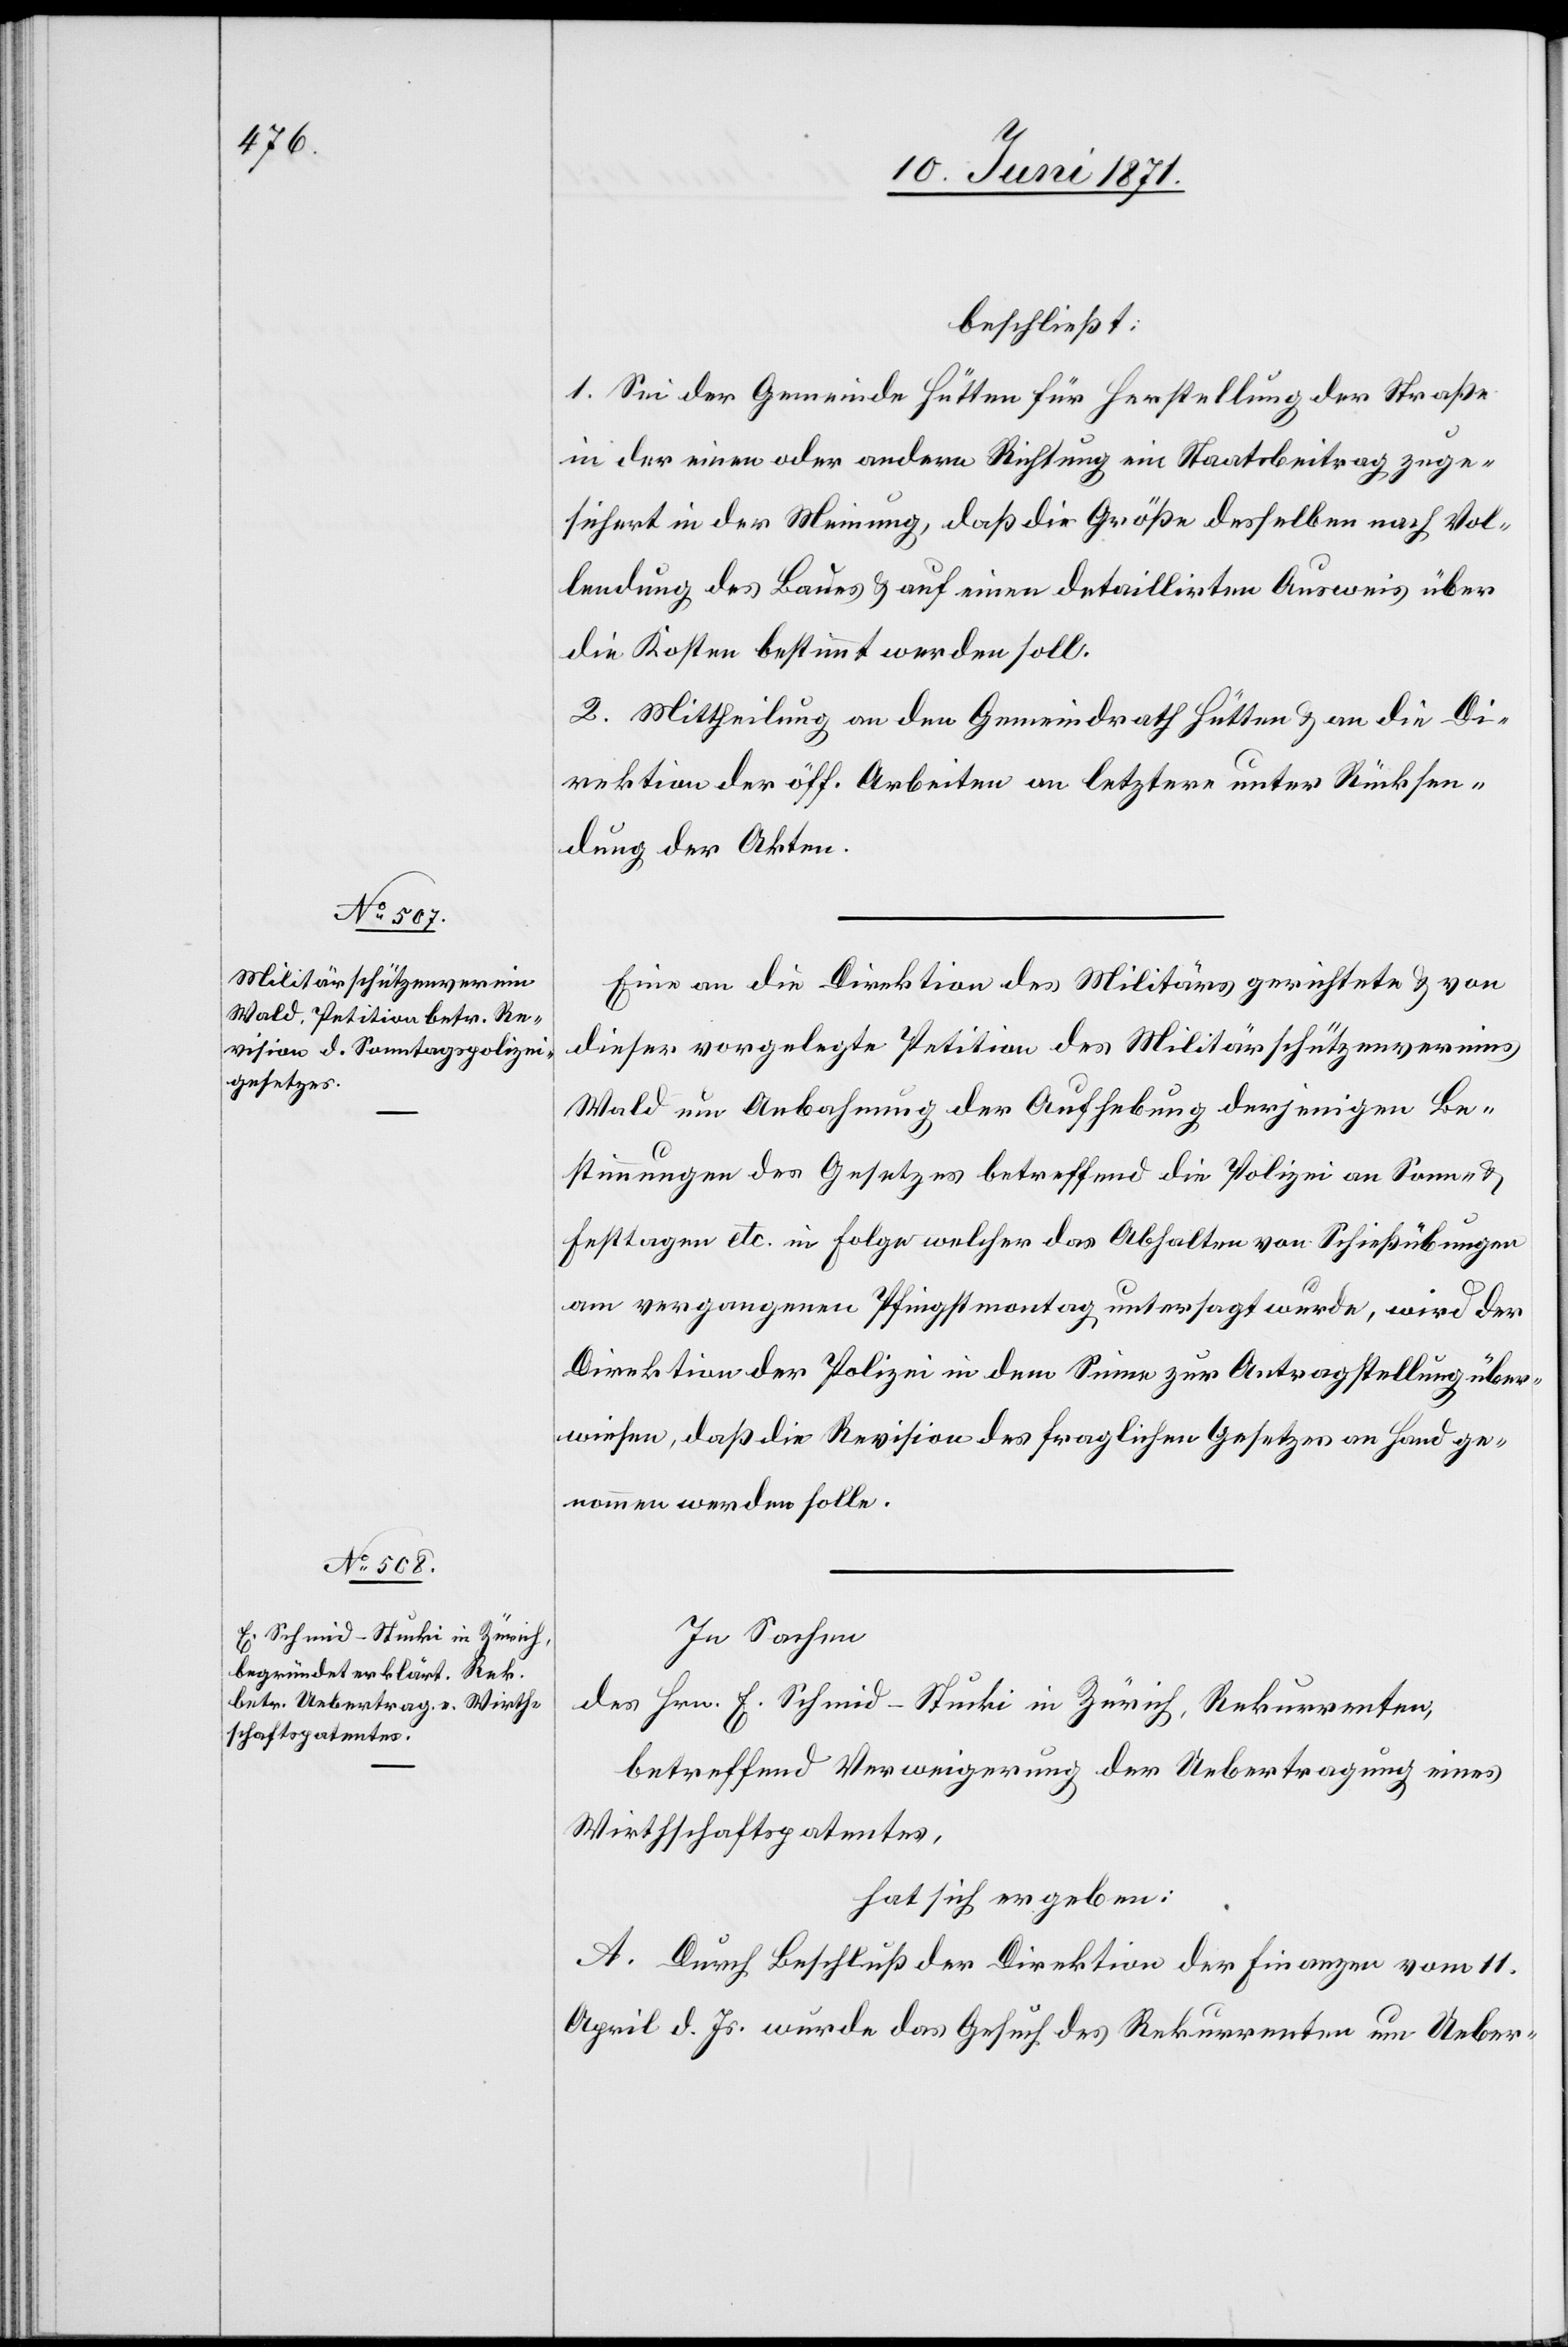
beschließt:
1. Sei der Gemeinde Hütten für Herstellung der Straße
in der einen oder andern Richtung ein Staatsbeitrag zuge¬
sichert in der Meinung, daß die Größe desselben nach Vol¬
lendung des Baues u. auf einen detaillirten Ausweis über
die Kosten bestimmt werden soll.
2. Mittheilung an den Gemeindrath Hütten u. an die Di¬
rektion der öff. Arbeiten an letztere unter Rücksen¬
dung der Akten.
Eine an die Direktion des Militärs gerichtete u. von
dieser vorgelegte Petition des Militärschützenvereins
Wald um Anbahnung der Aufhebung derjenigen Be¬
stimmungen des Gesetzes betreffend die Polizei an Sonn- u.
Festtagen etc. in Folge welcher das Abhalten von Schießübungen
am vergangenen Pfingstmontag untersagt wurde, wird der
Direktion der Polizei in dem Sinne zur Antragstellung über¬
wiesen, daß die Revision des fraglichen Gesetzes an Hand ge¬
nommen werden solle.
In Sachen
des Hrn. E. Schmid-Stucki in Zürich, Rekurrenten,
betreffend Verweigerung der Uebertragung eines
Wirthschaftspatentes,
hat sich ergeben:
A. Durch Beschluß der Direktion der Finanzen vom 11.
April d. Js. wurde das Gesuch des Rekurrenten um Ueber-